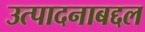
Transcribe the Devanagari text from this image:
उत्पादनाबद्दल